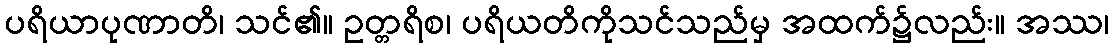
ပရိယာပုဏာတိ၊ သင်၏။ ဥတ္တရိစ၊ ပရိယတိကိုသင်သည်မှ အထက်၌လည်း။ အဿ၊